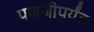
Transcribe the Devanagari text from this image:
पणजीपर्यंत